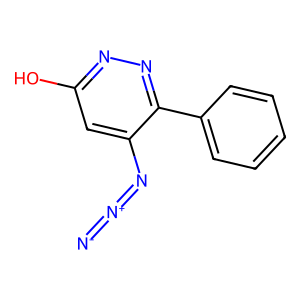
SMILES: [N-]=[N+]=Nc1cc(O)nnc1-c1ccccc1
Inhibits HIV replication: No